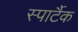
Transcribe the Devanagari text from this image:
स्पार्टैक